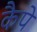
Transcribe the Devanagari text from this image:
कैपें